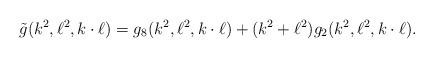
LaTeX: \begin{align*}\tilde{g}(k^2,\ell^2,k\cdot\ell) = g_8(k^2,\ell^2,k\cdot\ell) + (k^2 + \ell^2) g_2(k^2,\ell^2,k\cdot\ell).\end{align*}